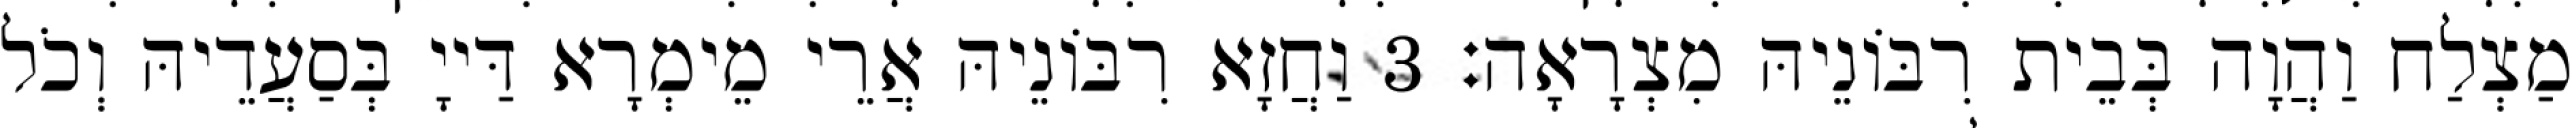
מַצְלַח וַהֲוָה בְּבֵית רִבּוֹנֵיהּ מִצְרָאָה׃ 3 וַחֲזָא רִבּוֹנֵיהּ אֲרֵי מֵימְרָא דַּייָ בְּסַעֲדֵיהּ וְכֹל